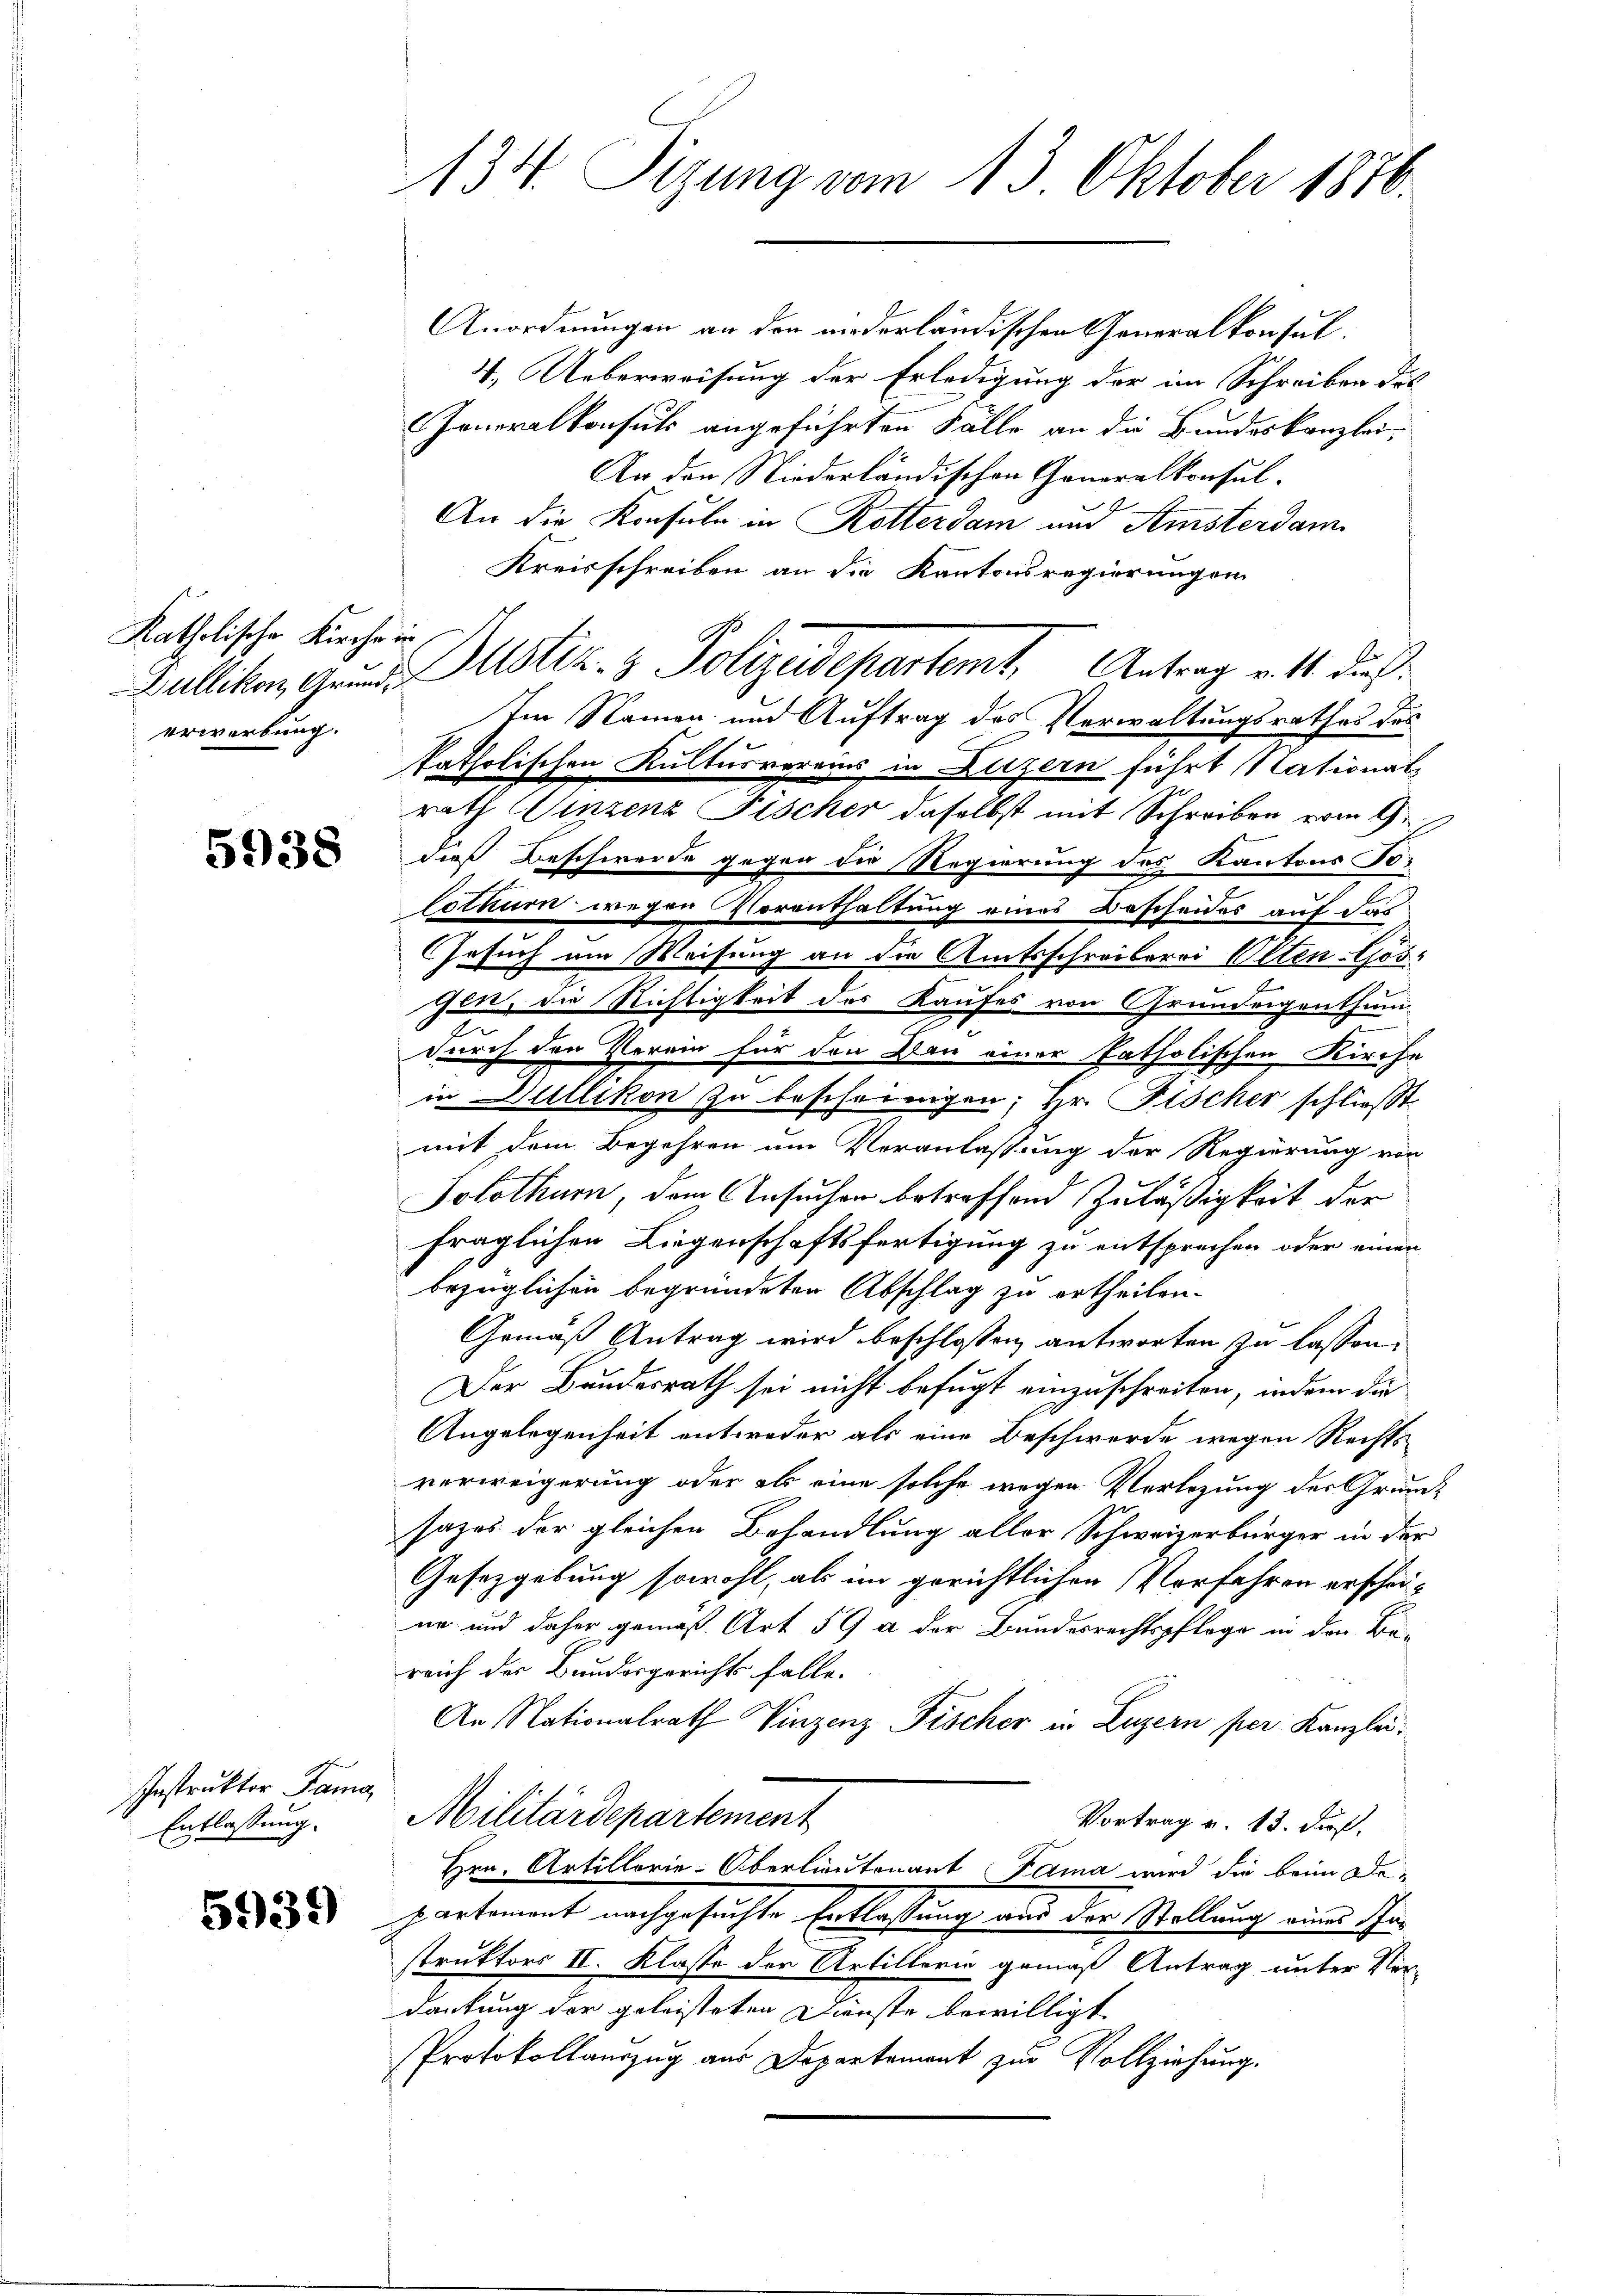
Katholische Kirche in
erwerbung.

5938

Instruktor ana
Entlassung.

5939

134. Sizung vom 13. Oktober 1870.

Anordnungen an den niederländischen Generalkonsul¬
4. Ueberweisung der Erledigung der im Schreiben des
Generalkonsuls angeführten Fälle an die Bundeskanzlei¬
An den Niederländischen Generalkonsul-
An die Konsule in Rotterdam und Amsterdam
Kreisschreiben an die Kantonsregierungen
Im Namen und Auftrag des Verwaltungsrathes des
s
katholischen Kulturvereins in Luzern führt (lational-
rath Winzenz Fischer daselbst mit Schreiben vom 9.
dieß Beschwerde gegen der Regierung des Kantons Tolothurn, wegen Vorenthaltung eines Bescheides auf das
Gesuch am Weisung an die Amtsschreiberei Olten-Gös¬
u
E
het, die Richtigkeit des Kaufes von Grundeigenthum
durch den Verein für den Bau einer katholischen Kirche
in Dullikon zu bescheinigen; Hr. Fischer schließt
mit dem Begehren um Veranlassung der Regierung von
Solothurn, dem Ansuchen betroffend Zuläßigkeit der
fraglichen Liegenschaftsfertigung zu entsprechen oder einen
bezüglichen begründeten Abschlag zu ertheilen.
Gemäß Antrag wird beschlossen antworten zu lassen.
Der Bundesrath sei nicht befugt einzuschreiten, indem die
Angelegenheit entweder als eine Beschwerde wegen Rechts
verweigerung oder als eine solche wegen Verlegung der Grundsazes der gleichen Behandlung aller Schweizerbürger in der
Gesetzgebung sowohl, als im gerichtlichen Verfahren erschei-
ne und daher gemäß Art 59 a der Bundesrechtspfloge in den Bereich der Bundesgerichts falle.
An Nationalrath Vinzenz Fischer in Luzern per Kanzlei.
Militärdepartement
Vortrag v. 13. ds.
Hrn. Artillorie-Oberlieutenant Kama wird die beim Departement nachgesuchte Entlastung aus der Stellung einer Ihn
struktors II. Klasse der Artillerie gemäß Antrag unter Ver-
dankung der geleisteten Dienste bewilligt
Protokollauszug aus Departement zur Vollziehung.

Gullikon, Grund Mustiz- & Polizeidepartemt. Antrag v. 1. dies